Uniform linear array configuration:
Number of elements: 24
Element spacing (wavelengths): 0.75
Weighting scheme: cosine
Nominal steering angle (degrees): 30
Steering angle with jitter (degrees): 29.706
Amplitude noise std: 0.05
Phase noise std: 0.05

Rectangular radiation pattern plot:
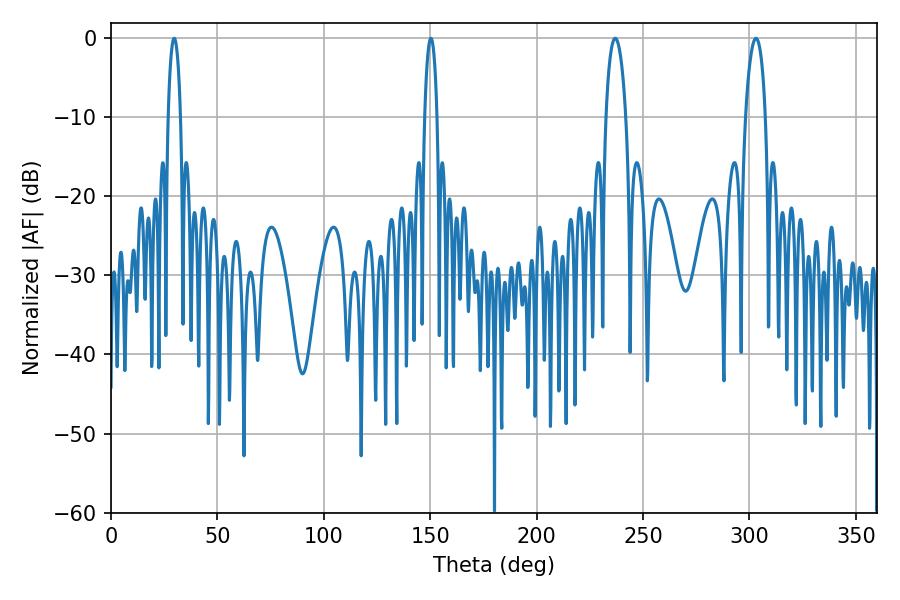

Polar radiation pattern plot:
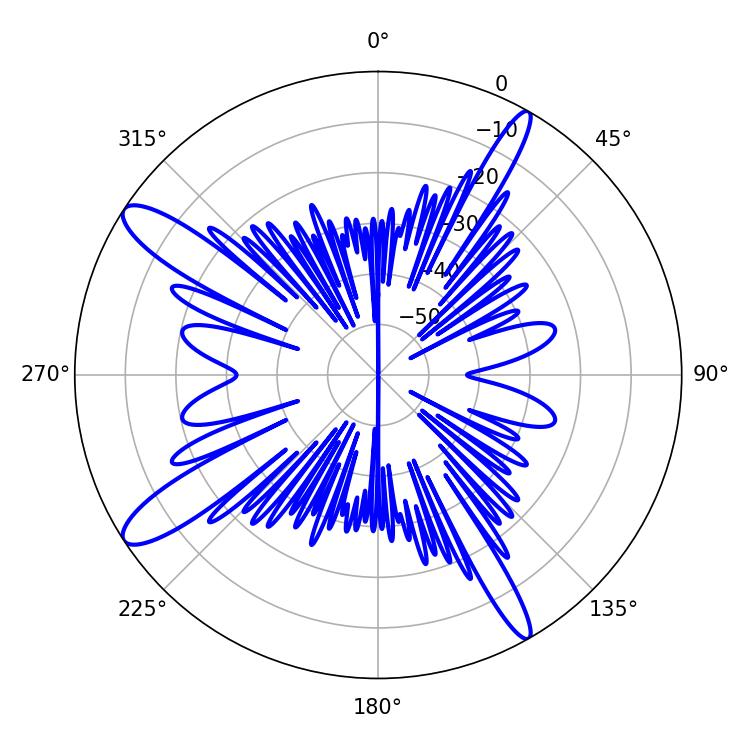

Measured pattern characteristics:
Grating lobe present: TRUE
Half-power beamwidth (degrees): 3.24
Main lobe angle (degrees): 29.7